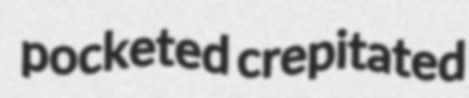
pocketed crepitated